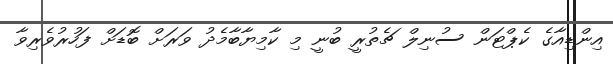
އިންޑިއާގެ ކެޕްޓަން ސުނިލް ޗެތުރީ ބުނީ މި ކާމިޔާބާމެދު ވަރަށް ބޮޑަށް ފަހުރުވެރިވާ